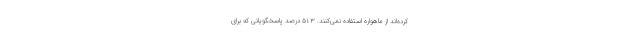
کرده‌­اند از ماهواره استفاده نمی­‌کنند. ۵۱.۳ درصد پاسخگویانی که برای